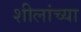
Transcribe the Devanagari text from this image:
शीलांच्या